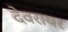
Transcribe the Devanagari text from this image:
देवरायर